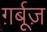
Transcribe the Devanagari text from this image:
ग़र्बूज़